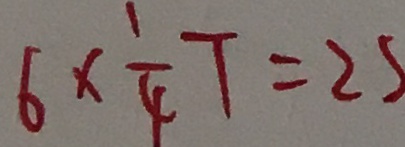
6 \times \frac { 1 } { 4 } T = 2 5